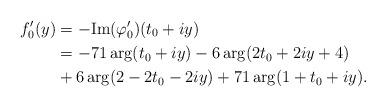
LaTeX: \begin{align*}f_0'(y)&=-\textup{Im}(\varphi_0')(t_0+iy) \\&=-71\arg(t_0+iy)-6\arg(2t_0+2iy+4) \\&+6\arg(2-2t_0-2iy)+71\arg(1+t_0+iy). \end{align*}